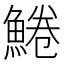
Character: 䱧